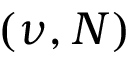
( \nu , N )